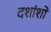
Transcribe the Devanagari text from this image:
दशांशों